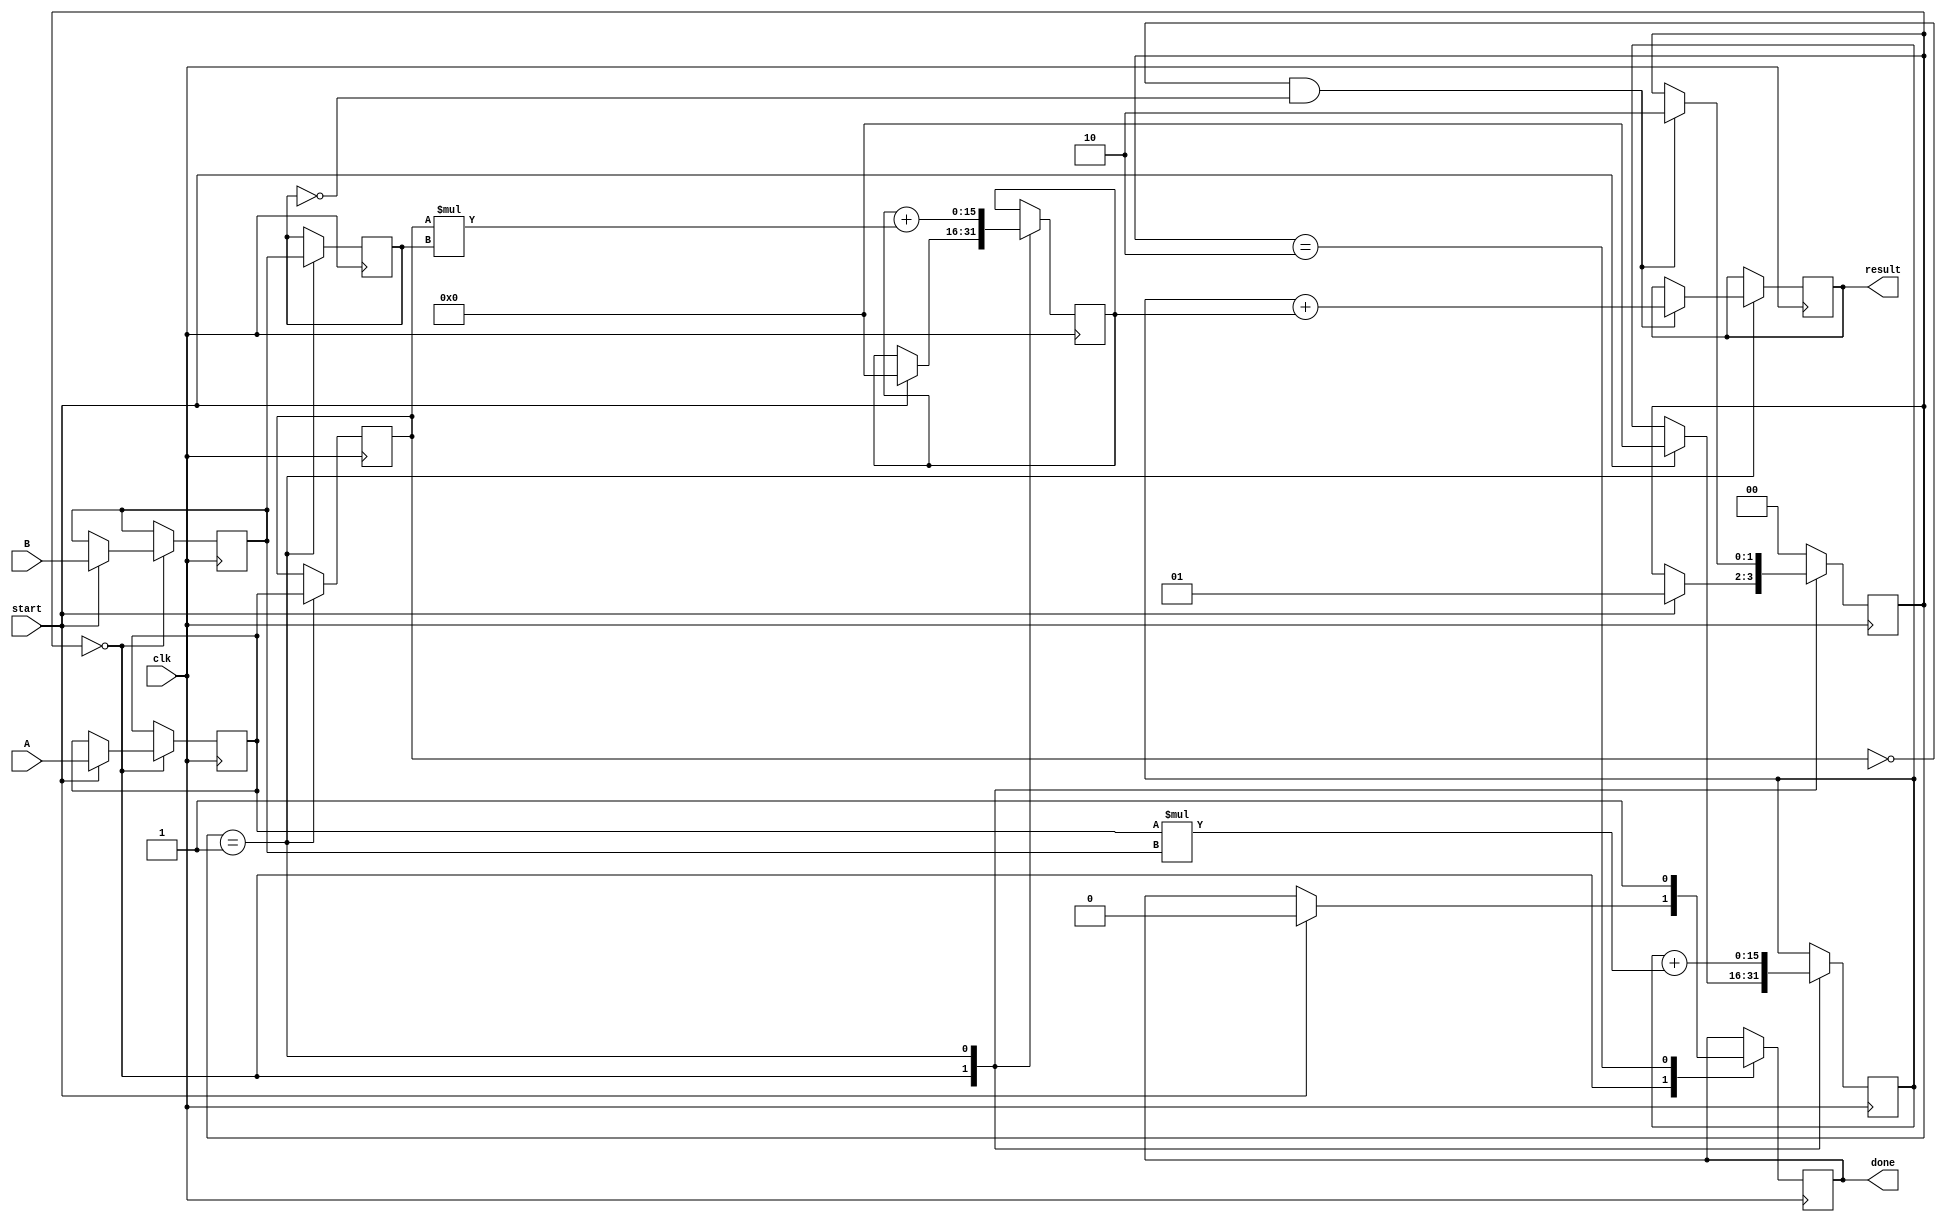
module systolic_multiplier #(
    parameter WIDTH = 8    // Bit-width of input operands
)(
    input  wire clk,
    input  wire start,
    input  wire [WIDTH-1:0] A, // First operand
    input  wire [WIDTH-1:0] B, // Second operand
    output reg [2*WIDTH-1:0] result, // Final result
    output reg done           // Indicates completion of the multiplication
);

    // Internal signals
    reg [WIDTH-1:0] a_reg [0:1]; // Register for operand A
    reg [WIDTH-1:0] b_reg [0:1]; // Register for operand B
    reg [2*WIDTH-1:0] p_reg [0:1]; // Partial products
    reg [1:0] state; // State for control logic

    // State enumeration
    localparam IDLE = 2'b00;
    localparam EXECUTE = 2'b01;
    localparam DONE = 2'b10;

    // Process elements for 2x2 array
    always @(posedge clk) begin
        case (state)
            IDLE: begin
                if (start) begin
                    // Load inputs into registers
                    a_reg[0] <= A;
                    b_reg[0] <= B;
                    // Initialize partial products
                    p_reg[0] <= 0;
                    p_reg[1] <= 0;
                    state <= EXECUTE;
                    done <= 0;
                end
            end
            
            EXECUTE: begin
                // PE 0
                p_reg[0] <= p_reg[0] + (a_reg[0] * b_reg[0]); // Multiply
                // PE 1
                p_reg[1] <= p_reg[1] + (a_reg[1] * b_reg[1]); // Multiply
                // Shift data
                a_reg[1] <= a_reg[0]; // Forward A to next PE
                b_reg[1] <= b_reg[0]; // Forward B to next PE

                // Check for completion
                if (a_reg[1] == 0 && b_reg[1] == 0) begin
                    result <= p_reg[0] + p_reg[1]; // Final result accumulation
                    state <= DONE;
                end
            end
            
            DONE: begin
                done <= 1; // Mark multiplication as done
                state <= IDLE; // Reset for next operation
            end
            
            default: state <= IDLE; // Reset state on unexpected value
        endcase
    end
endmodule